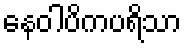
နေဝါပိကပရိသာ